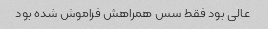
عالی بود فقط سس همراهش فراموش شده بود